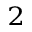
^ 2